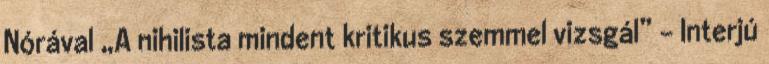
Nórával „A nihilista mindent kritikus szemmel vizsgál” – Interjú